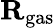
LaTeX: \mathbf{R}_{\mathrm{gas}}